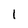
Character: I